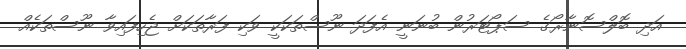
އަދި ބޮލްސޮނާރޯގެ ސަޕޯޓަރުން ބުނަނީ އެފަދަ ނޫސްތަކަކީ ވަކި ފަރާތަކަށް ޖެހިފައިވާ ނޫސްތަކެއް